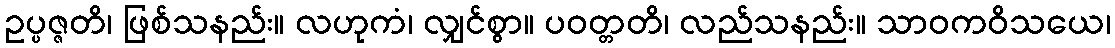
ဥပ္ပဇ္ဇတိ၊ ဖြစ်သနည်း။ လဟုကံ၊ လျှင်စွာ။ ပဝတ္တတိ၊ လည်သနည်း။ သာဝကဝိသယေ၊